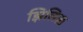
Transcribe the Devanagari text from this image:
झिलिक्क